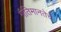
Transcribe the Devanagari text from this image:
गतिमानतेचे